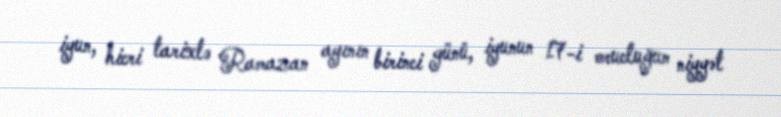
iyun, hicri tarixlə Ramazan ayının birinci günü, iyunun 17-i orucluğun niyyət